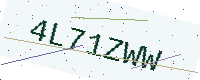
Text: 4L71ZWW